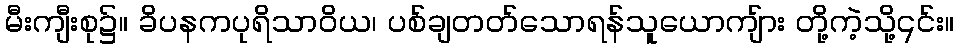
မီးကျီးစု၌။ ခိပနကပုရိသာဝိယ၊ ပစ်ချတတ်သောရန်သူယောကျ်ား တို့ကဲ့သို့၎င်း။